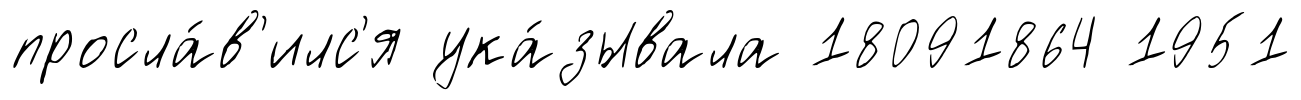
просла́в'илс'я ука́зывала 18091864 1951